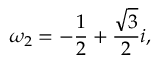
\omega _ { 2 } = - { \frac { 1 } { 2 } } + { \frac { \sqrt { 3 } } { 2 } } i ,